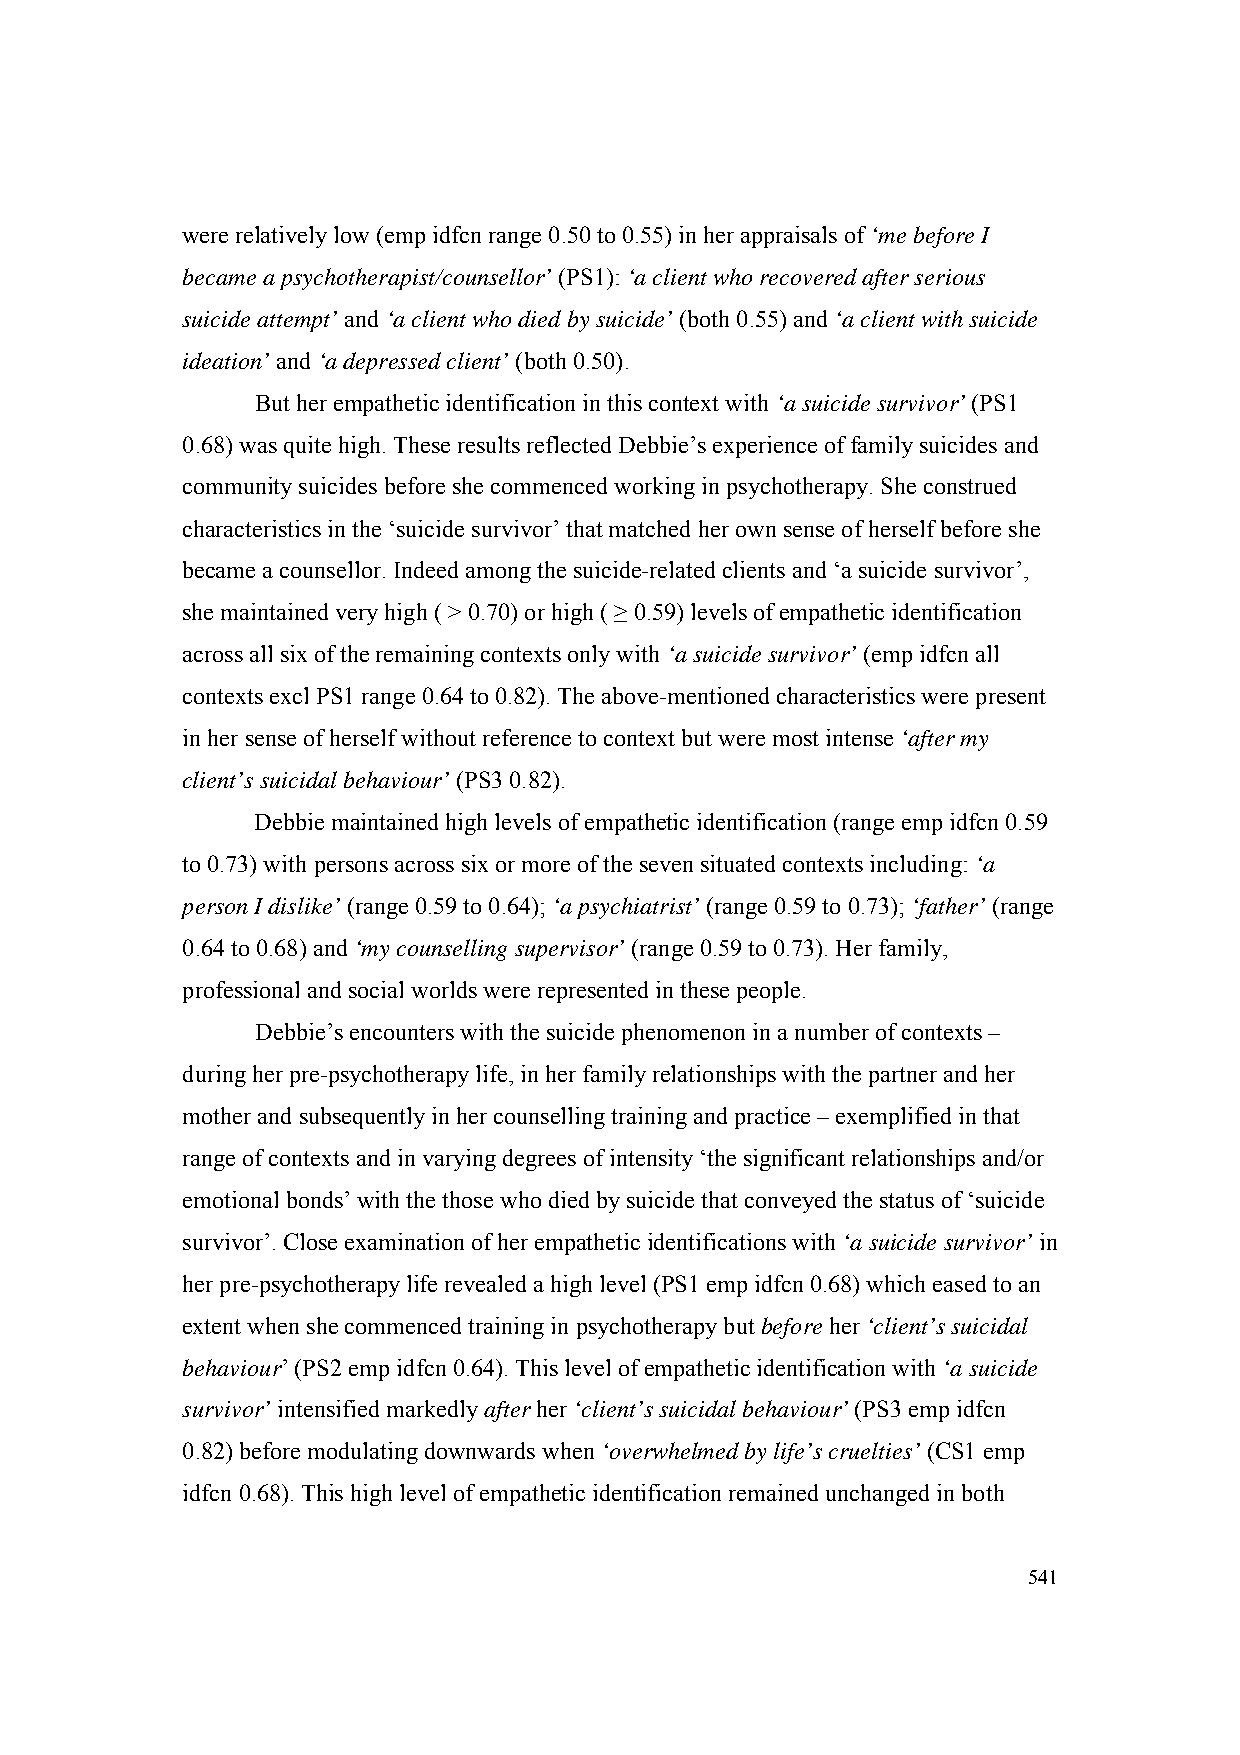
were relatively low (emp idfcn range 0.50 to 0.55) in her appraisals of ‘me before I
 became a psychotherapist/counsellor’ (PS1): ‘a client who recovered after serious
 suicide attempt’ and ‘a client who died by suicide’ (both 0.55) and ‘a client with suicide
 ideation’ and ‘a depressed client’ (both 0.50).
 But her empathetic identification in this context with ‘a suicide survivor’ (PS1
 0.68) was quite high. These results reflected Debbie’s experience of family suicides and
 community suicides before she commenced working in psychotherapy. She construed
 characteristics in the ‘suicide survivor’ that matched her own sense of herself before she
 became a counsellor. Indeed among the suicide-related clients and ‘a suicide survivor’,
 she maintained very high ( > 0.70) or high ( ≥ 0.59) levels of empathetic identification
 across all six of the remaining contexts only with ‘a suicide survivor’ (emp idfcn all
 contexts excl PS1 range 0.64 to 0.82). The above-mentioned characteristics were present
 in her sense of herself without reference to context but were most intense ‘after my
 client’s suicidal behaviour’ (PS3 0.82).
 Debbie maintained high levels of empathetic identification (range emp idfcn 0.59
 to 0.73) with persons across six or more of the seven situated contexts including: ‘a
 person I dislike’ (range 0.59 to 0.64); ‘a psychiatrist’ (range 0.59 to 0.73); ‘father’ (range
 0.64 to 0.68) and ‘my counselling supervisor’ (range 0.59 to 0.73). Her family,
 professional and social worlds were represented in these people.
 Debbie’s encounters with the suicide phenomenon in a number of contexts –
 during her pre-psychotherapy life, in her family relationships with the partner and her
 mother and subsequently in her counselling training and practice – exemplified in that
 range of contexts and in varying degrees of intensity ‘the significant relationships and/or
 emotional bonds’ with the those who died by suicide that conveyed the status of ‘suicide
 survivor’. Close examination of her empathetic identifications with ‘a suicide survivor’ in
 her pre-psychotherapy life revealed a high level (PS1 emp idfcn 0.68) which eased to an
 extent when she commenced training in psychotherapy but before her ‘client’s suicidal
 behaviour’ (PS2 emp idfcn 0.64). This level of empathetic identification with ‘a suicide
 survivor’ intensified markedly after her ‘client’s suicidal behaviour’ (PS3 emp idfcn
 0.82) before modulating downwards when ‘overwhelmed by life’s cruelties’ (CS1 emp
 idfcn 0.68). This high level of empathetic identification remained unchanged in both
 541